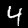
Digit: 4